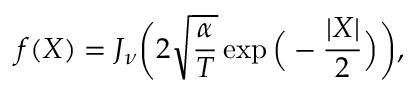
f ( X ) = J _ { \nu } \bigg ( 2 \sqrt { \frac { \alpha } { T } } \exp \Big ( - \frac { | X | } { 2 } \Big ) \bigg ) ,